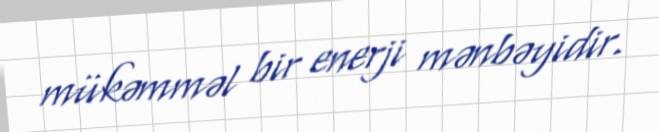
mükəmməl bir enerji mənbəyidir.